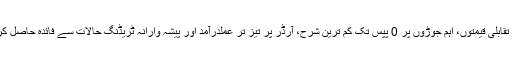
FxPro پر CFDs ٹریڈ کرنے کا انتخاب کر کے آپ تقابلی قیمتوں، اہم جوڑوں پر 0 پپس تک کم ترین شرح، آرڈر پر تیز تر عملدرآمد اور پیشہ وارانہ ٹریڈنگ حالات سے فائدہ حاصل کر سکتے ہیں۔